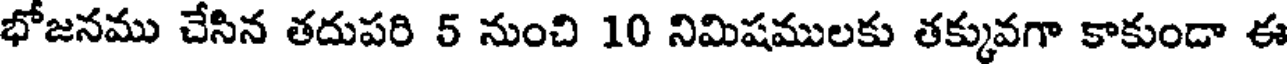
భోజనము చేసిన తదుపరి 5 నుంచి 10 నిమిషములకు తక్కువగా కాకుండా ఈ